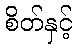
စိတ်နှင့်